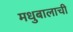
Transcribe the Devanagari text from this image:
मधुबालाची